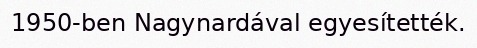
1950-ben Nagynardával egyesítették.